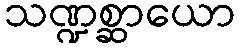
သဏ္ဍစ္ဆာယော